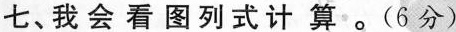
七、我会看图列式计算。(6分)